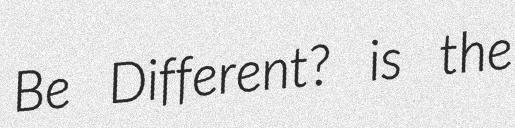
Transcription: Be Different? is the